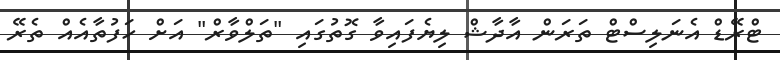
ޓްރޭޑް އެނަލިސްޓް ތަރަން އާދާޝް ލިޔެފައިވާ ގޮތުގައި "ތަލްވާރް" އަށް ހަފުތާއެއް ތެރޭ